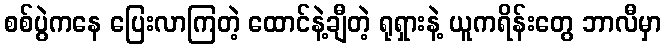
စစ်ပွဲကနေ ပြေးလာကြတဲ့ ထောင်နဲ့ချီတဲ့ ရုရှားနဲ့ ယူကရိန်းတွေ ဘာလီမှာ